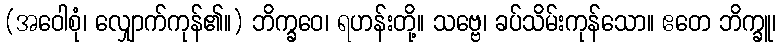
(အဝေါစုံ၊ လျှောက်ကုန်၏။) ဘိက္ခဝေ၊ ရဟန်းတို့။ သဗ္ဗေ၊ ခပ်သိမ်းကုန်သော။ ဧတေ ဘိက္ခူ၊